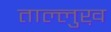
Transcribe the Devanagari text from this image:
ताल्लुख़